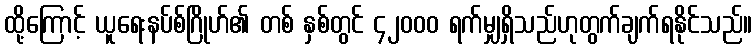
ထို့ကြောင့် ယူရေးနပ်စ်ဂြိုဟ်၏ တစ် နှစ်တွင် ၄၂၀၀၀ ရက်မျှရှိသည်ဟုတွက်ချက်ရနိုင်သည်။